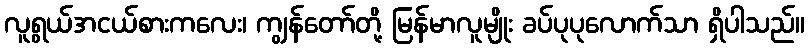
လူရွယ်အငယ်စားကလေး၊ ကျွန်တော်တို့ မြန်မာလူမျိုး ခပ်ပုပုလောက်သာ ရှိပါသည်။